Annual statistical returns and brief notes on vaccination in Bengal - 1887-1898
Year: 1887
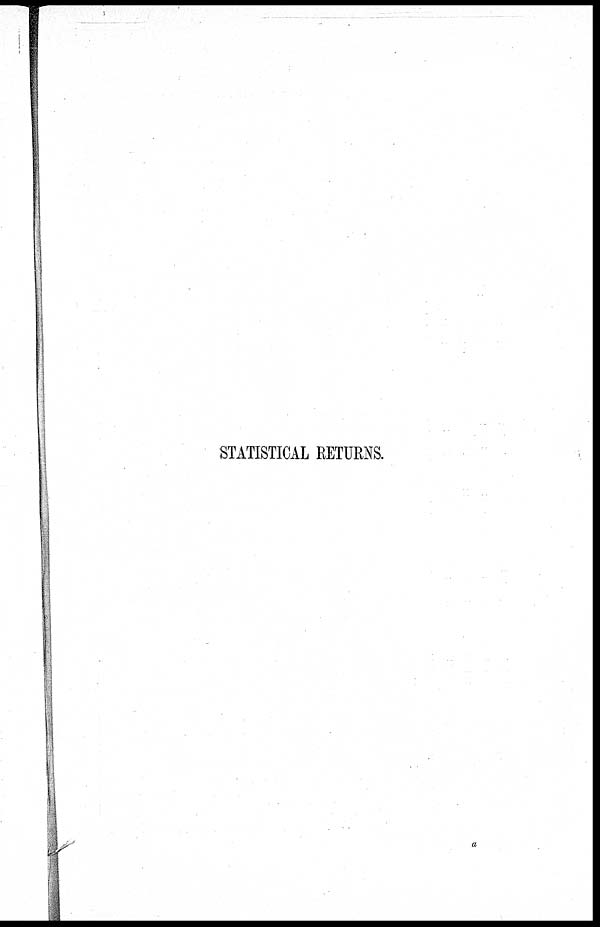
STATISTICAL RETURNS.
a